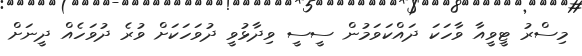
މިސްރު ޓީވީއާ ވާހަކަ ދައްކަވަމުން ސީސީ ވިދާޅުވީ ދުވަހަކަށް ވުރެ ދުވަހެއް ދީނަށް